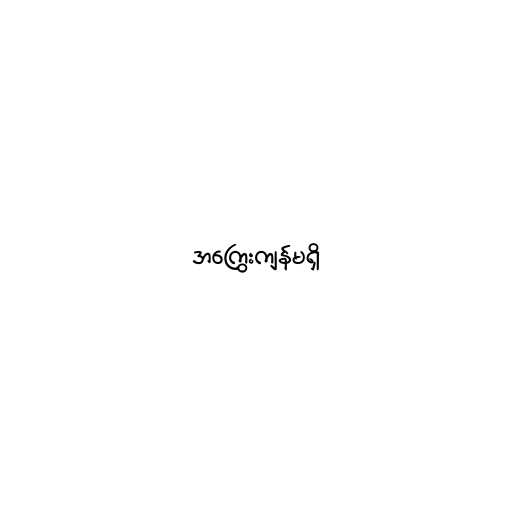
အကြွေးကျန်မရှိ